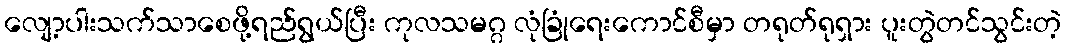
လျော့ပါးသက်သာစေဖို့ရည်ရွယ်ပြီး ကုလသမဂ္ဂ လုံခြုံရေးကောင်စီမှာ တရုတ်ရုရှား ပူးတွဲတင်သွင်းတဲ့